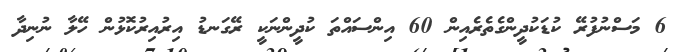
6 މަސްނުފުރޭ ކުޑަކުދީންގެތެރެއިން 60 އިންސައްތަ ކުދީންނަކީ ރޭގަނޑު އިރުއިރުކޮޅުން ހޭލާ ނުނިދާ